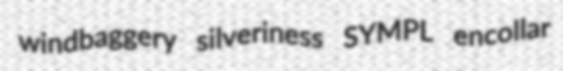
windbaggery silveriness SYMPL encollar